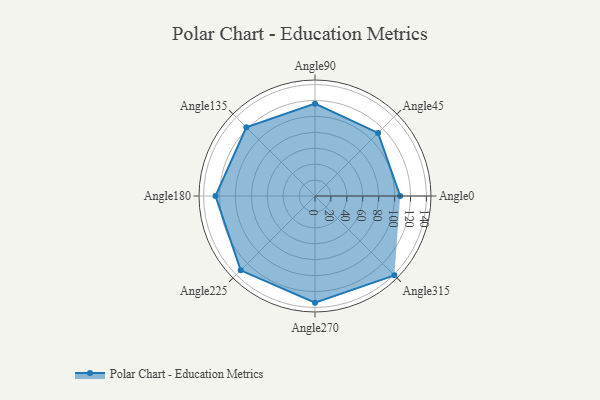
{"axis": {"x": "Angle", "y": "Radius"}, "legend": [""], "data": [{"x": "Angle0", "y": 107.0, "type": ""}, {"x": "Angle45", "y": 112.0, "type": ""}, {"x": "Angle90", "y": 116.0, "type": ""}, {"x": "Angle135", "y": 122.0, "type": ""}, {"x": "Angle180", "y": 125.0, "type": ""}, {"x": "Angle225", "y": 132.0, "type": ""}, {"x": "Angle270", "y": 134.0, "type": ""}, {"x": "Angle315", "y": 141.0, "type": ""}]}